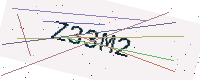
Text: Z33M2